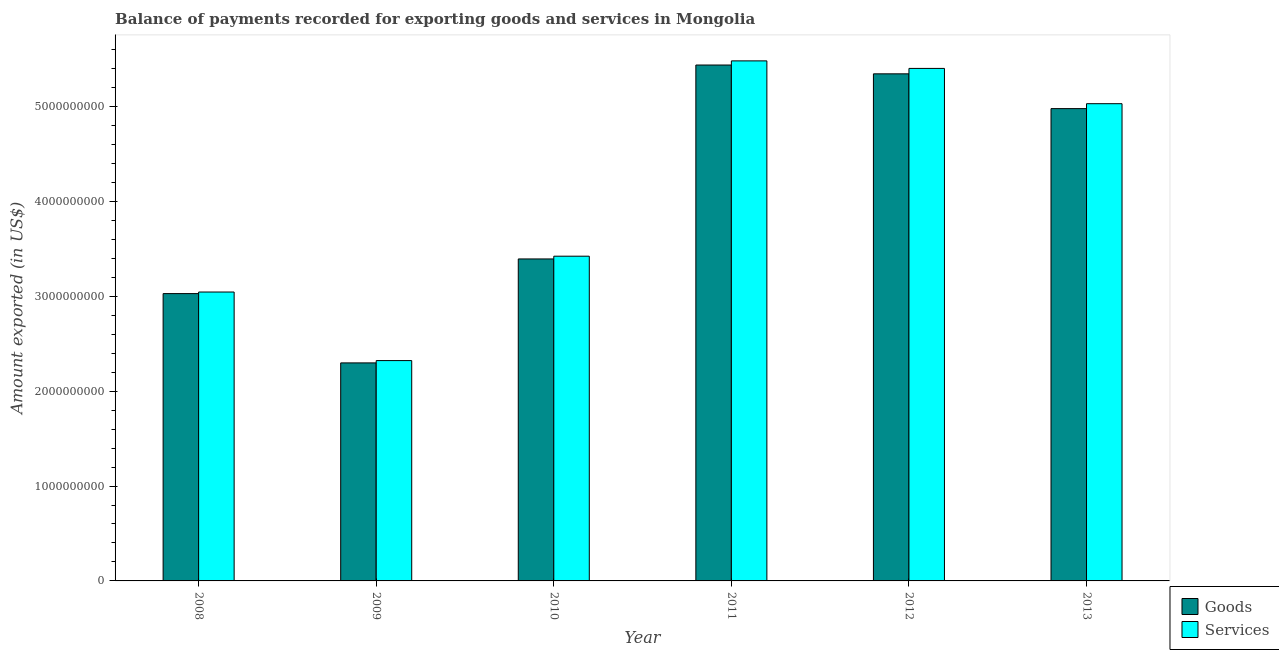
| Year | Goods | Services |
 | --- | --- | --- |
 | 2008 | 3.03e+09 | 3.05e+09 |
 | 2009 | 2.3e+09 | 2.32e+09 |
 | 2010 | 3.39e+09 | 3.42e+09 |
 | 2011 | 5.44e+09 | 5.48e+09 |
 | 2012 | 5.34e+09 | 5.4e+09 |
 | 2013 | 4.98e+09 | 5.03e+09 |